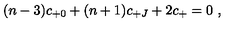
( n - 3 ) c _ { + 0 } + ( n + 1 ) c _ { + J } + 2 c _ { + } = 0 \ ,